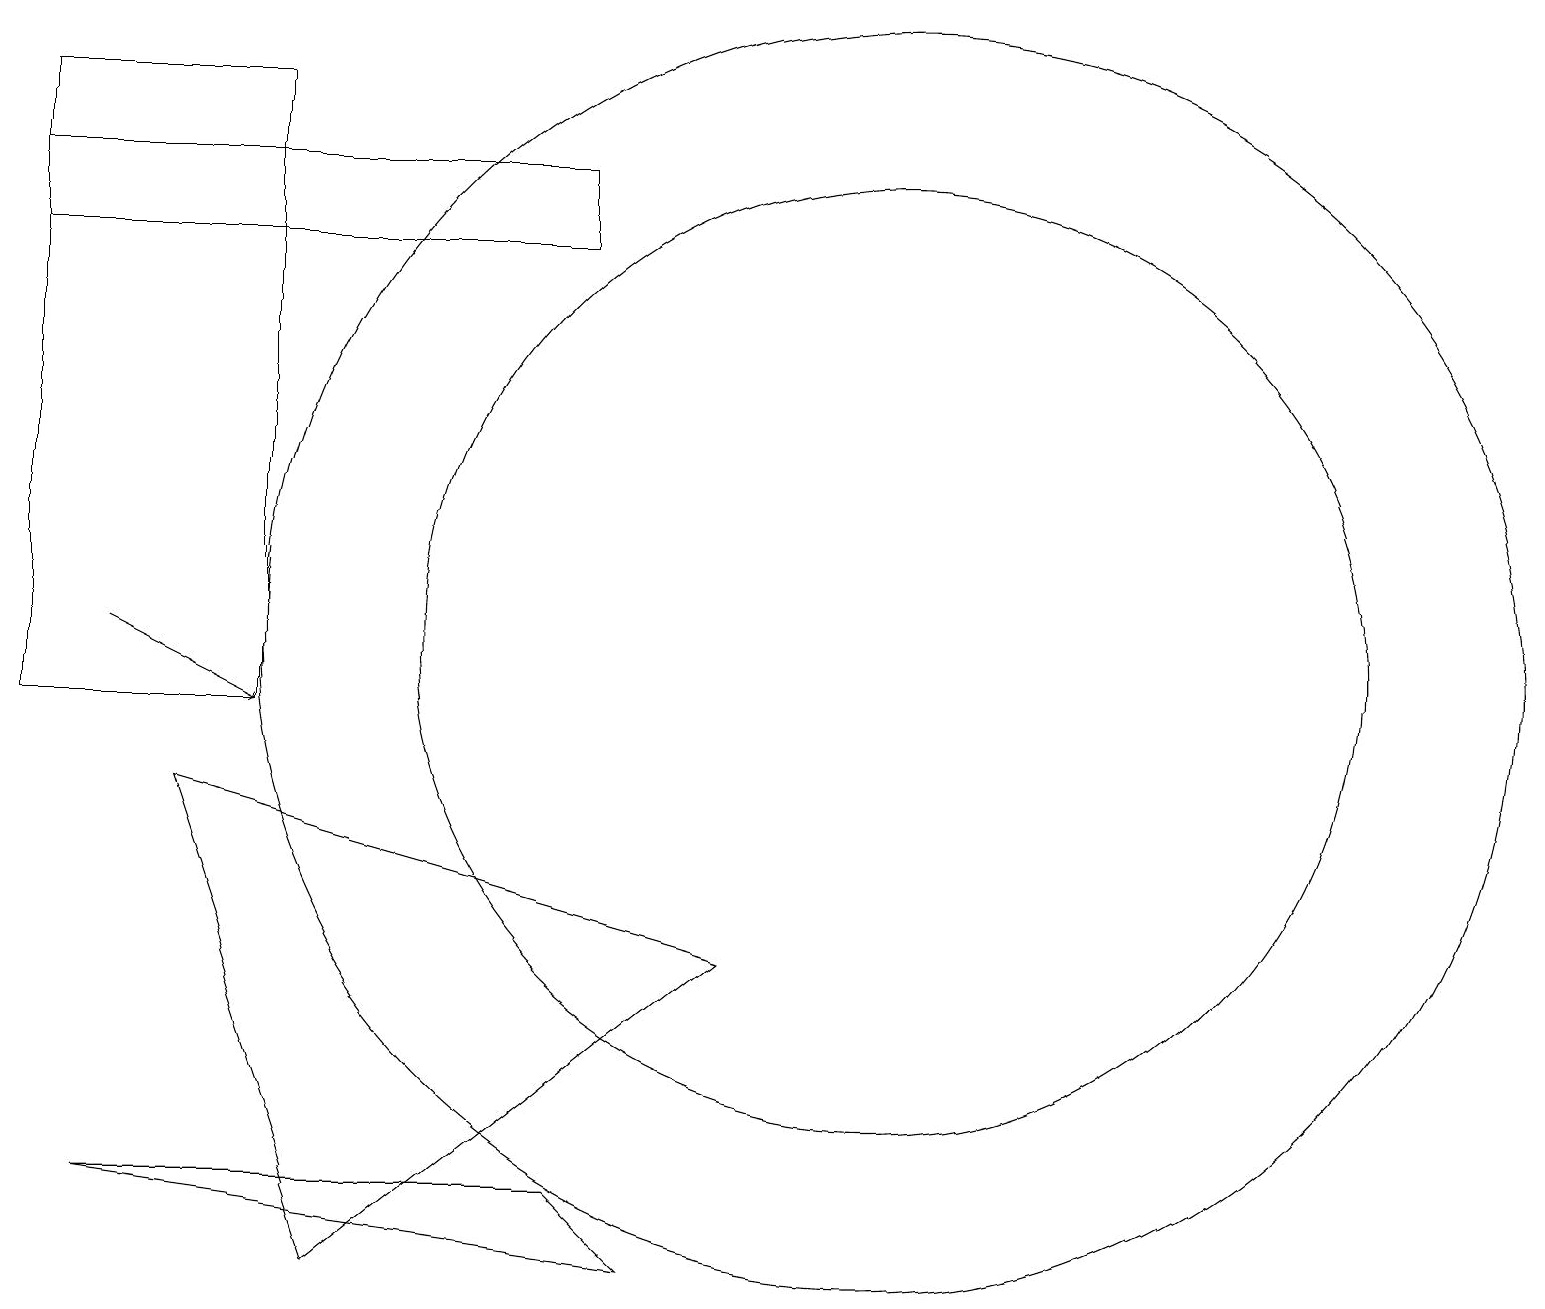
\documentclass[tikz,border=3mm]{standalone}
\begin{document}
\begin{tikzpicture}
\draw (7,4) -- (8,3) -- (1,4) -- cycle;
\draw (7,16) rectangle (0,17);
\draw (11,11) circle (6);
\draw (11,11) circle (8);
\draw[->] (1,11) -- (3,10);
\draw (2,9) -- (4,3) -- (9,7) -- cycle;
\draw (0,18) rectangle (3,10);
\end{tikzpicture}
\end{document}